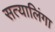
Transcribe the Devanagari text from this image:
सत्यालिंगा